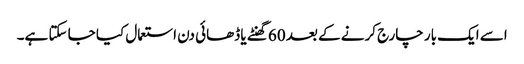
اسے ایک بار چارج کرنے کے بعد 60 گھنٹے یا ڈھائی دن استعمال کیا جا سکتا ہے۔